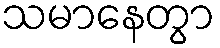
သမာနေတွာ